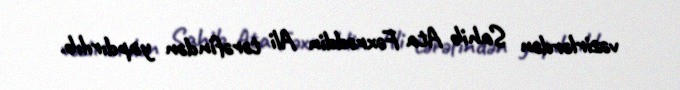
vəzirlərdən Sahib Ata Fəxrəddin Ali tərəfindən yapdırılıb.